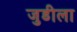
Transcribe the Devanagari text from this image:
जुडीला